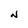
Character: N